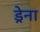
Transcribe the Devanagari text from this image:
ड्रेना